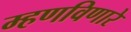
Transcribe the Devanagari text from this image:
म्हणविणारे